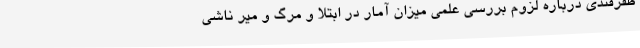
ظفرقندی درباره لزوم بررسی علمی میزان آمار در ابتلا و مرگ و میر ناشی